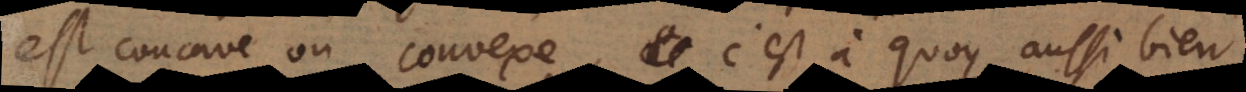
est concave ou convexe, c’est à quoy, aussi bien